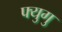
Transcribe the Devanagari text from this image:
फ्युगु